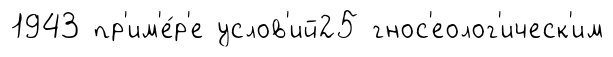
1943 пр'им'е́р'е услов'ий25 гнос'еолог'ическ'им